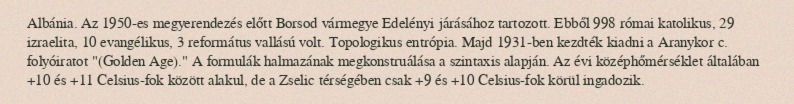
Albánia. Az 1950-es megyerendezés előtt Borsod vármegye Edelényi járásához tartozott. Ebből 998 római katolikus, 29 izraelita, 10 evangélikus, 3 református vallású volt. Topologikus entrópia. Majd 1931-ben kezdték kiadni a Aranykor c. folyóiratot "(Golden Age)." A formulák halmazának megkonstruálása a szintaxis alapján. Az évi középhőmérséklet általában +10 és +11 Celsius-fok között alakul, de a Zselic térségében csak +9 és +10 Celsius-fok körül ingadozik.